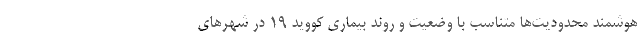
هوشمند محدودیت‌ها متناسب با وضعیت و روند بیماری کووید ۱۹ در شهرهای